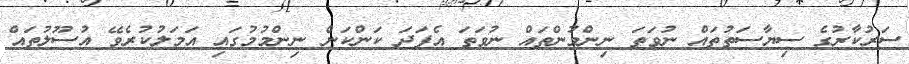
ސަރުކާރުގެ ސިޔާސަތުތައް ނުވަތަ ނިންމުންތައް ނުވަތަ އެފަދަ ކަންކަން ނިންމުމުގައި އަމަލުކުރެވޭ އުސޫލުތައް